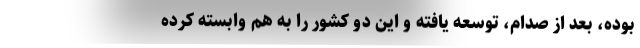
بوده، بعد از صدام، توسعه یافته و این دو کشور را به هم وابسته کرده